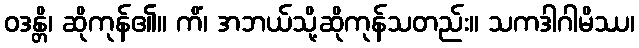
ဝဒန္တိ၊ ဆိုကုန်၏။ ကိံ၊ အဘယ်သို့ဆိုကုန်သတည်း။ သကဒါဂါမိဿ၊